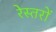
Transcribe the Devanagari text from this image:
रेस्तरों